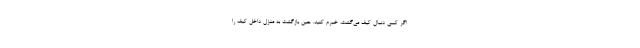
اگر کسی دنبال کیف می‌گشت، خبرم کنید. حین بازگشت به منزل داخل کیف را